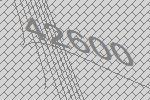
42600